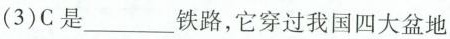
(3)C是___铁路，它穿过我国四大盆地